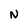
Character: N